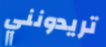
تريدونني